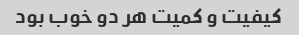
کیفیت و کمیت هر دو خوب بود